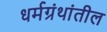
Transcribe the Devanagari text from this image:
धर्मग्रंथांतील